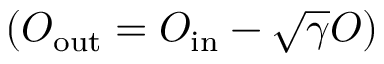
( O _ { \mathrm { o u t } } = O _ { \mathrm { i n } } - \sqrt { \gamma } O )